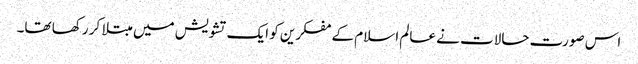
اس صورت حالات نے عالم اسلام کے مفکرین کو ایک تشویش میں مبتلا کر رکھا تھا۔